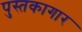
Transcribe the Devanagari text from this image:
पुस्तकागार